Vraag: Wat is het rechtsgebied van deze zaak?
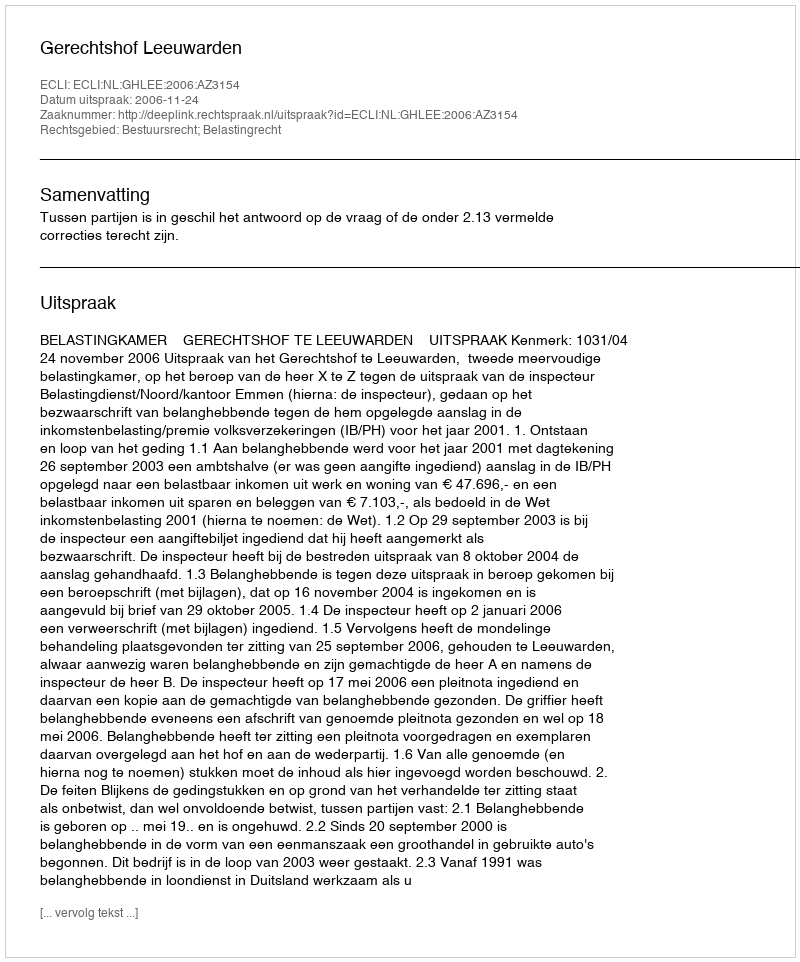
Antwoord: Bestuursrecht; Belastingrecht